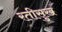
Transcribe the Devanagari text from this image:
रतीसुख